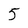
Character: 5